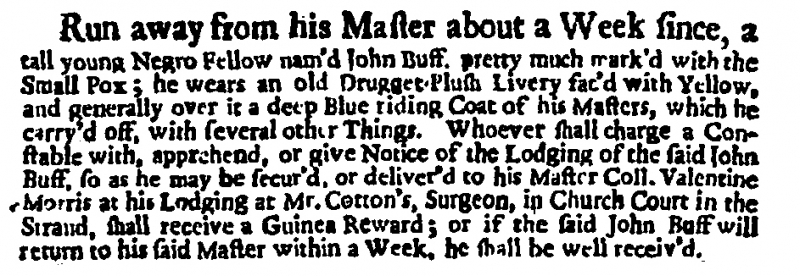
Daily Post, 22 February 1720 (England)
Run away from his Master about a Week since, a tall young Negro Fellow nam’d John Buff. pretty much mark’d with the Small Pox; he wears an old Drugget-Plush Livery fac’d with Yellow, and generally over it a deep Blue riding Coat of his Masters, which he carry’d off, with several other Things. Whoever shall charge a Constable with, apprehend, or give Notice of the Lodging of the said John Buff, so as he may be secur’d, or deliver’d to his Master Coll. Valentine Morris at his Lodging at Mr. Cotton’s, Surgeon, in Church Court in the Strand, shall receive a Guinea Reward; or if the said John Buff will return to his said Master within a Week, he shall be well receiv’d.